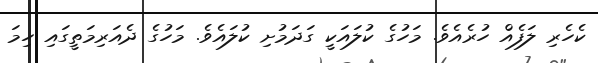
ކެހެރި ލަފެއް ހުރެއެވެ. މަހުގެ ކުލައަކީ ގަދަމުށި ކުލައެވެ. މަހުގެ ދެއަރިމަތީގައި ހިމަ